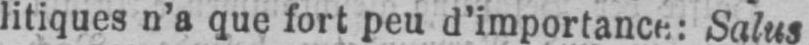
litiques n’a que fort peu d’importance: Salus